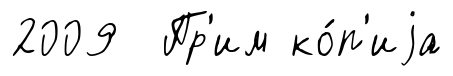
2009 Пр'им ко́п'иjа